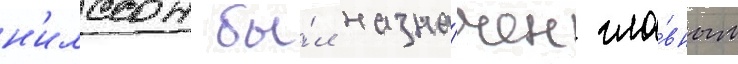
н'илссон бы́л назна́чен гла́вным